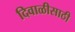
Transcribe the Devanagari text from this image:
दिवाळीसाठी